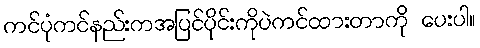
ကင်ပုံကင်နည်းကအပြင်ပိုင်းကိုပဲကင်ထားတာကို ပေးပါ။